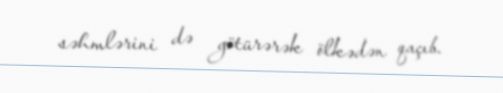
səhmlərini də götürərək ölkədən qaçıb.